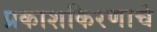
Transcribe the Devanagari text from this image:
प्रकाशकिरणाचे